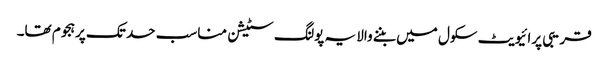
قریبی پرائیویٹ سکول میں بننے والا یہ پولنگ سٹیشن مناسب حد تک پرہجوم تھا۔